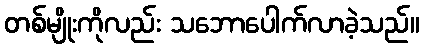
တစ်မျိုးကိုလည်း သဘောပေါက်လာခဲ့သည်။